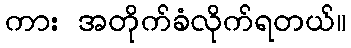
ကား အတိုက်ခံလိုက်ရတယ်။